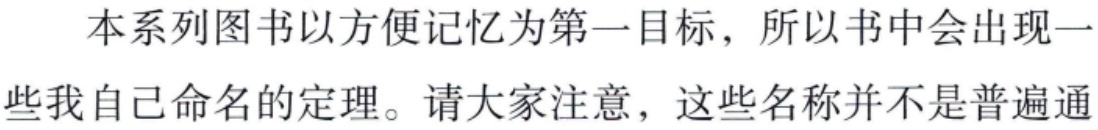
本系列图书以方便记忆为第一目标，所以书中会出现一

些我自己命名的定理。请大家注意，这些名称并不是普遍通